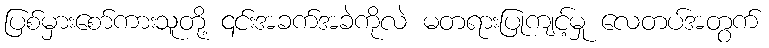
ပြစ်မှားစော်ကားသူတို့ ၎င်းအခက်အခဲကိုလဲ မတရားပြုကျင့်မှု လေတပ်အတွက်